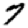
Digit: 7